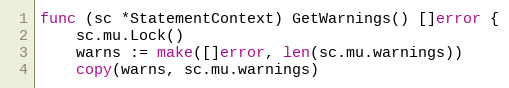
Language: Go
func (sc *StatementContext) GetWarnings() []error {
	sc.mu.Lock()
	warns := make([]error, len(sc.mu.warnings))
	copy(warns, sc.mu.warnings)